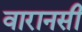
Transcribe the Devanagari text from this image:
वारानसी